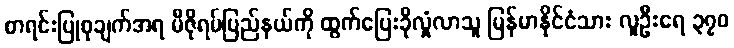
စာရင်းပြုစုချက်အရ မီဇိုရမ်ပြည်နယ်ကို ထွက်ပြေးခိုလှုံလာသူ မြန်မာနိုင်ငံသား လူဦးရေ ၃၇၀